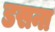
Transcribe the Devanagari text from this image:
डसना